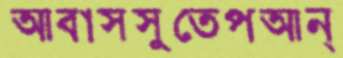
আব্বাসসুতেপআন্